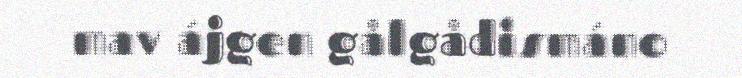
mav ájgen gålgådismáno